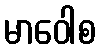
မာဝေါစ